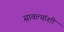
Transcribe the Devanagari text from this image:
सावल्यांशी